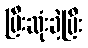
ပြီးဆုံးခဲ့ပြီး